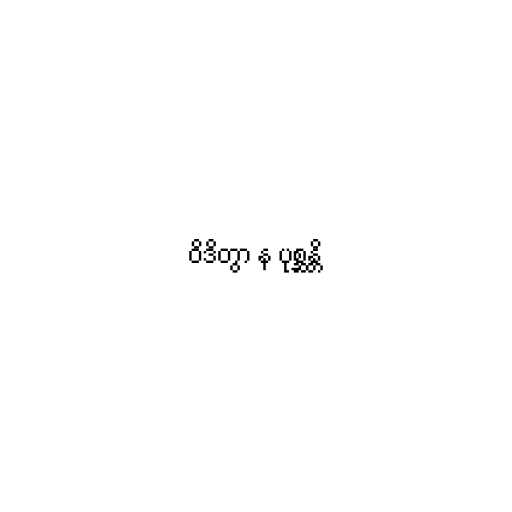
ဝိဒိတွာ န ပုစ္ဆန္တိ